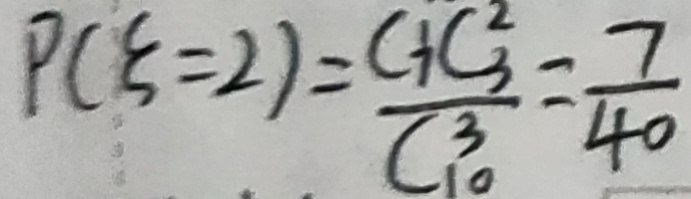
P ( \varepsilon = 2 ) = \frac { C _ { 7 } ^ { 1 } C _ { 3 } ^ { 3 } } { C _ { 1 0 } ^ { 3 } } = \frac { 7 } { 4 0 }